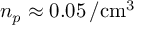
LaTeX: n _ { p } \approx 0 . 0 5 \, / { \mathrm { c m } } ^ { 3 }